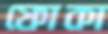
ফোকা